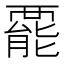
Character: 𧟽